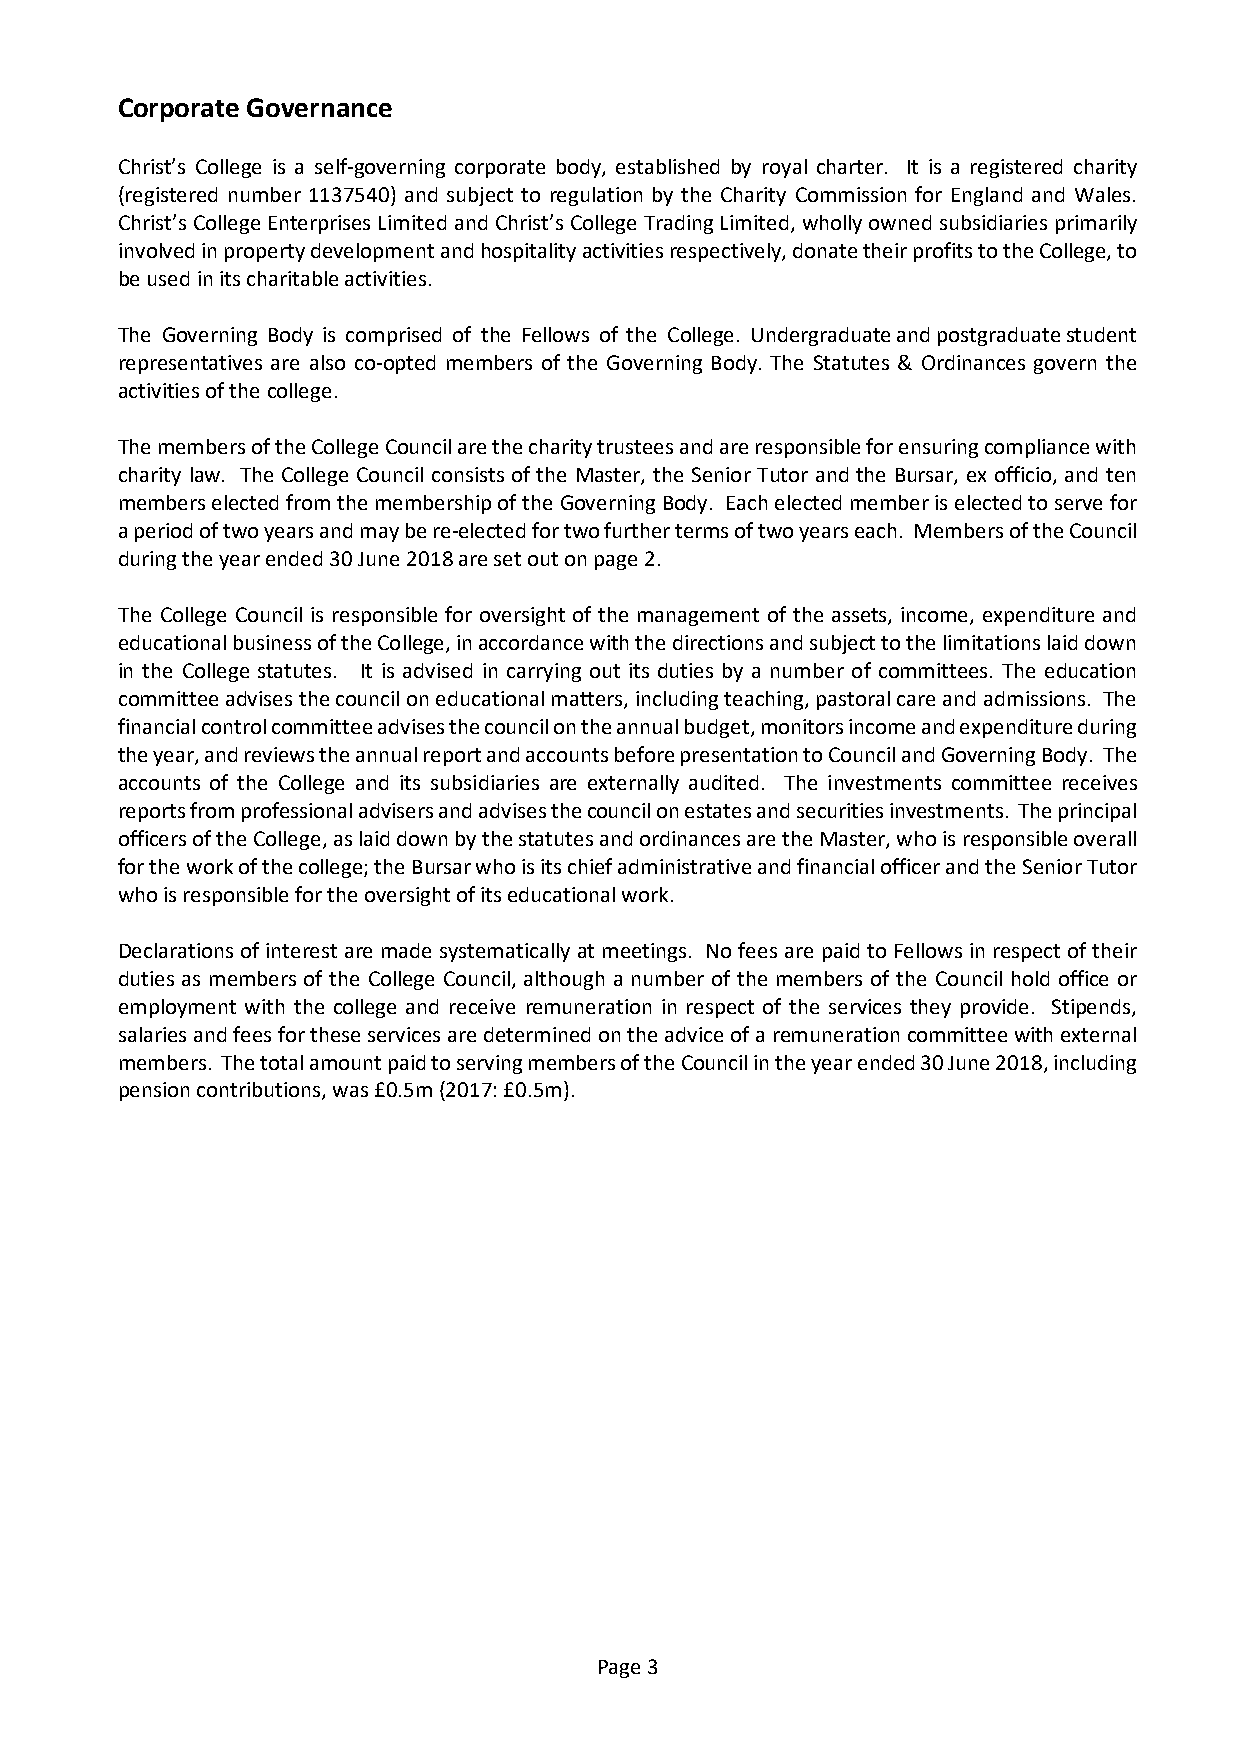
Corporate Governance
 Christ’s College is a self-governing corporate body, established by royal charter. It is a registered charity
 (registered number 1137540) and subject to regulation by the Charity Commission for England and Wales.
 Christ’s College Enterprises Limited and Christ’s College Trading Limited, wholly owned subsidiaries primarily
 involved in property development and hospitality activities respectively, donate their profits to the College, to
 be used in its charitable activities.
 The Governing Body is comprised of the Fellows of the College. Undergraduate and postgraduate student
 representatives are also co-opted members of the Governing Body. The Statutes & Ordinances govern the
 activities of the college.
 The members of the College Council are the charity trustees and are responsible for ensuring compliance with
 charity law. The College Council consists of the Master, the Senior Tutor and the Bursar, ex officio, and ten
 members elected from the membership of the Governing Body. Each elected member is elected to serve for
 a period of two years and may be re-elected for two further terms of two years each. Members of the Council
 during the year ended 30 June 2018 are set out on page 2.
 The College Council is responsible for oversight of the management of the assets, income, expenditure and
 educational business of the College, in accordance with the directions and subject to the limitations laid down
 in the College statutes. It is advised in carrying out its duties by a number of committees. The education
 committee advises the council on educational matters, including teaching, pastoral care and admissions. The
 financial control committee advises the council on the annual budget, monitors income and expenditure during
 the year, and reviews the annual report and accounts before presentation to Council and Governing Body. The
 accounts of the College and its subsidiaries are externally audited. The investments committee receives
 reports from professional advisers and advises the council on estates and securities investments. The principal
 officers of the College, as laid down by the statutes and ordinances are the Master, who is responsible overall
 for the work of the college; the Bursar who is its chief administrative and financial officer and the Senior Tutor
 who is responsible for the oversight of its educational work.
 Declarations of interest are made systematically at meetings. No fees are paid to Fellows in respect of their
 duties as members of the College Council, although a number of the members of the Council hold office or
 employment with the college and receive remuneration in respect of the services they provide. Stipends,
 salaries and fees for these services are determined on the advice of a remuneration committee with external
 members. The total amount paid to serving members of the Council in the year ended 30 June 2018, including
 pension contributions, was £0.5m (2017: £0.5m).
 Page 3